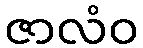
ဇာလံဝ